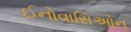
ઈનોવાસિઓન